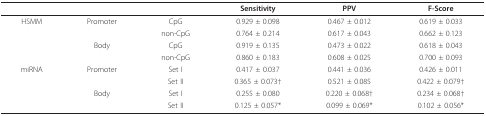
<table><thead><tr><td></td><td></td><td></td><td><b>Sensitivity</b></td><td><b>PPV</b></td><td><b>F-Score</b></td></tr></thead><tbody><tr><td>HSMM</td><td>Promoter</td><td>CpG</td><td>0.929 ± 0.098</td><td>0.467 ± 0.012</td><td>0.619 ± 0.033</td></tr><tr><td></td><td></td><td>non-CpG</td><td>0.764 ± 0.214</td><td>0.617 ± 0.043</td><td>0.662 ± 0.123</td></tr><tr><td></td><td>Body</td><td>CpG</td><td>0.919 ± 0.135</td><td>0.473 ± 0.022</td><td>0.618 ± 0.043</td></tr><tr><td></td><td></td><td>non-CpG</td><td>0.860 ± 0.183</td><td>0.608 ± 0.025</td><td>0.700 ± 0.093</td></tr><tr><td>miRNA</td><td>Promoter</td><td>Set I</td><td>0.417 ± 0.037</td><td>0.441 ± 0.036</td><td>0.426 ± 0.011</td></tr><tr><td></td><td></td><td>Set II</td><td>0.365 ± 0.073†</td><td>0.521 ± 0.085</td><td>0.422 ± 0.079†</td></tr><tr><td></td><td>Body</td><td>Set I</td><td>0.255 ± 0.080</td><td>0.220 ± 0.068†</td><td>0.234 ± 0.068†</td></tr><tr><td></td><td></td><td>Set II</td><td>0.125 ± 0.057*</td><td>0.099 ± 0.069*</td><td>0.102 ± 0.056*</td></tr></tbody></table>